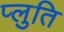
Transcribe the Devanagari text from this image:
प्लुति